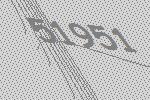
51951